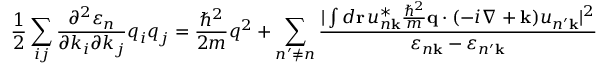
{ \frac { 1 } { 2 } } \sum _ { i j } { \frac { \partial ^ { 2 } \varepsilon _ { n } } { \partial k _ { i } \partial k _ { j } } } q _ { i } q _ { j } = { \frac { \hbar ^ { 2 } } { 2 m } } q ^ { 2 } + \sum _ { n ^ { \prime } \neq n } { \frac { | \int d \mathbf { r } \, u _ { n \mathbf { k } } ^ { * } { \frac { \hbar ^ { 2 } } { m } } \mathbf { q } \cdot ( - i \nabla + \mathbf { k } ) u _ { n ^ { \prime } \mathbf { k } } | ^ { 2 } } { \varepsilon _ { n \mathbf { k } } - \varepsilon _ { n ^ { \prime } \mathbf { k } } } }